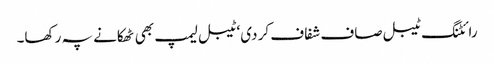
رائٹنگ ٹیبل صاف شفاف کر دی‘ ٹیبل لیمپ بھی ٹھکانے پہ رکھا۔